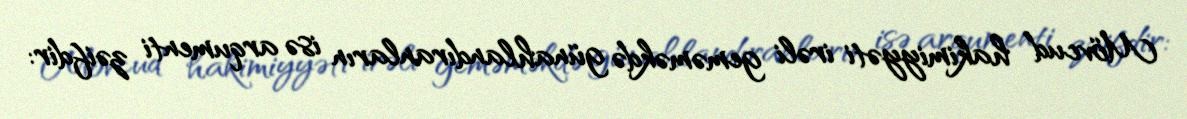
Mövcud hakimiyyəti irəli geməməkdə günahlandıranların isə arqumenti zəifdir: